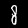
Label: 8